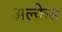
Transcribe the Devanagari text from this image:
अल्केस